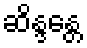
ဆိန္ဒန္တေ